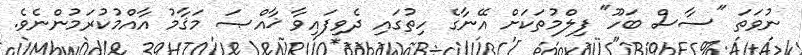
ނުވަތަ "ސާސް ބަހޫ" ފިލްމުތަކަށް އޭނާގެ ހިތުގައި ދެވިފައިވާ ޚާއްޞަ މަޤާމު އާއްމުކުރަމުންނެވެ.